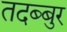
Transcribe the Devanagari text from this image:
तदब्बुर